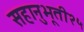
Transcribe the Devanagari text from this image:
सहानुभूती२५